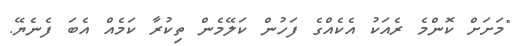
"މަށަށް ކޮންމެ ރެއަކު އެކެއްގެ ފަހުން ކަލޭމެން ތިކުރާ ކަމެއް އެބަ ފެނެޔޭ.